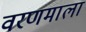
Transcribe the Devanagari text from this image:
वरणमाला